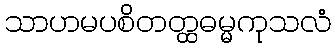
သာဟမပစိတတ္ထဓမ္မကုသလံ